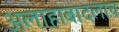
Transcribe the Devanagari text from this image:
अलाहाबादलाच